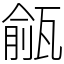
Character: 㼶